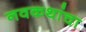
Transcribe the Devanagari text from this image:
नवकथांचा